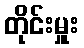
တိုင်းမှူး